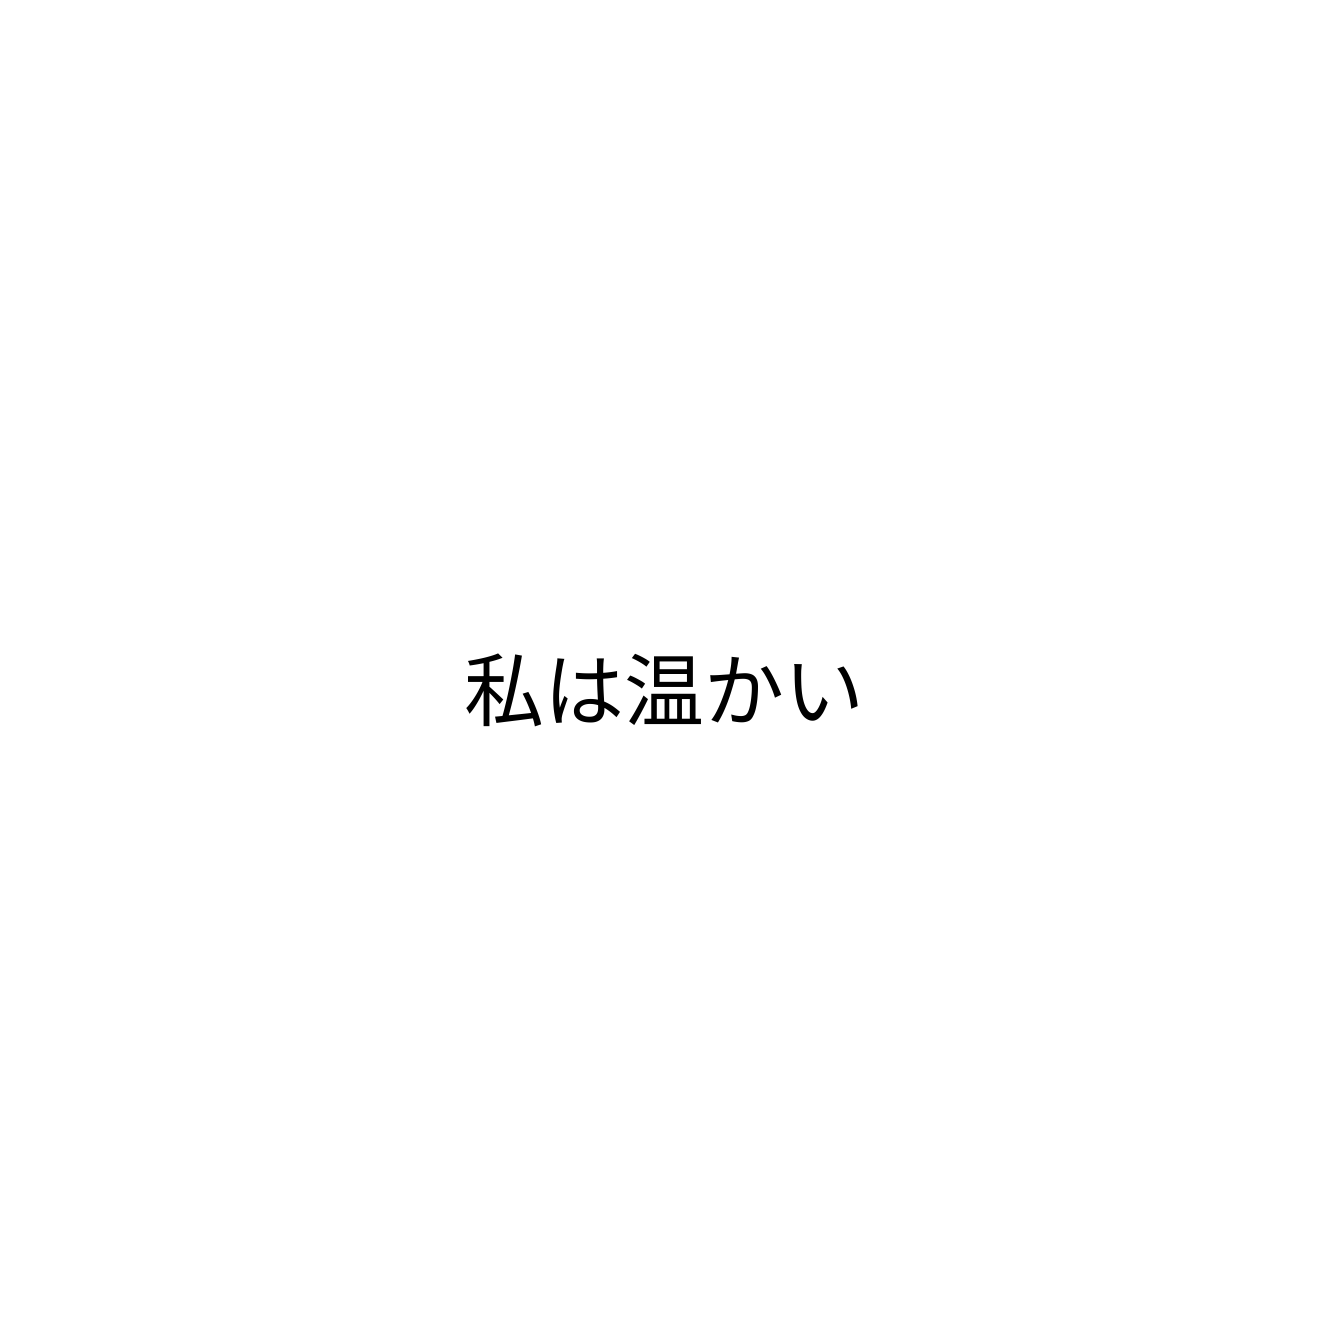
私は温かい